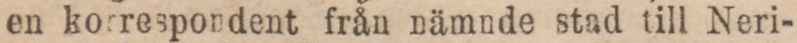
en korrespondent från nämnde stad till Neri-